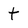
Character: t